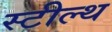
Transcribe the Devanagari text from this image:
स्‍टील्‍थ